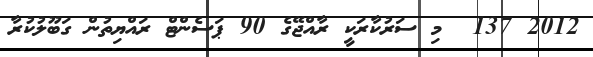
2012 137  މި ސަރުކާރަކީ ރާއްޖޭގެ 90 ޕަސެންޓް ރައްޔިތުން ގަބޫލުކުރާ